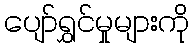
ပျော်ရွှင်မှုများကို